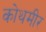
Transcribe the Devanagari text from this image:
कोथमीर